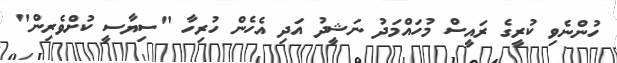
ހުންނެވި ކުރީގެ ރައީސް މުހައްމަދު ނަޝީދު އަދި އެހެން ހުރިހާ "ސިޔާސީ ކުށްވެރިން"